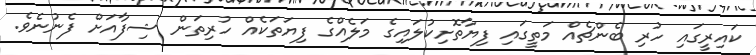
ކައިރީގައި ހުރި ބެންޗެއް މަތީގައި ފިޔާތޮށިކުލައިގެ މަލެއްގެ ފިޔަތަކެއް ހުރިތަން ޝިފާއަށް ފެނުނެވެ.